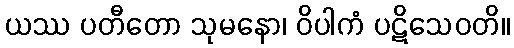
ယဿ ပတီတော သုမနော၊ ဝိပါကံ ပဋိသေဝတိ။